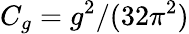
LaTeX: C_{g}=g^{2}/(32\pi^{2})